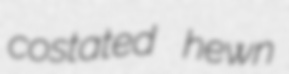
costated hewn